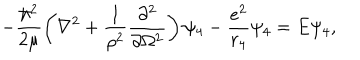
LaTeX: - \frac { \hbar ^ { 2 } } { 2 \mu } \left( \nabla ^ { 2 } + \frac { 1 } { \rho ^ { 2 } } \frac { \partial ^ { 2 } } { \partial \Omega ^ { 2 } } \right) \psi _ { 4 } - \frac { e ^ { 2 } } { r _ { 4 } } \psi _ { 4 } = E \psi _ { 4 } ,